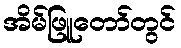
အိမ်ဖြူတော်တွင်